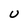
Character: U